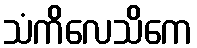
သံကိလေသိကေ